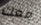
معك